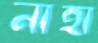
নাহা